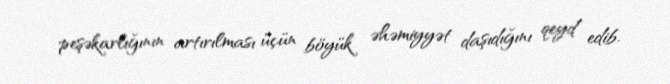
peşəkarlığının artırılması üçün böyük əhəmiyyət daşıdığını qeyd edib.